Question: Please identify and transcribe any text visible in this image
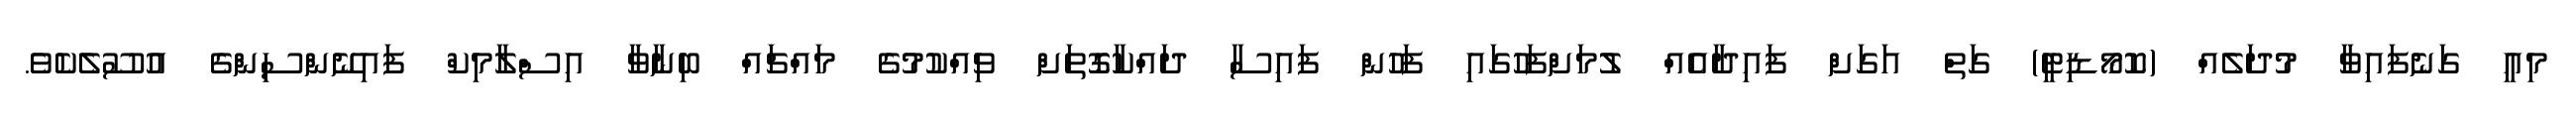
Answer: މިއީ ގަނެފައިވާ މުދަލެއް (ކޮމޯޑިޓީ) ގަތް އަގަށް ފައިދާއެއް ލުމަށްފަހުގައި ފަހުން ފައިސާ ދައްކާގޮތަށް ވިއްކުމުގެ މައްޗައް ބިނާވާ އިސްލާމިކް ފައިނޭންސިންގެ އުސޫލެކެވެ.